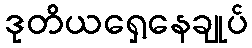
ဒုတိယရှေ့နေချုပ်